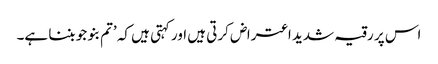
اس پر رقیہ شدید اعتراض کرتی ہیں اور کہتی ہیں کہ ’تم بنو جو بننا ہے۔